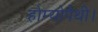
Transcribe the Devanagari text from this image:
होम्योपैथी।